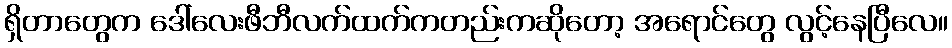
ရှိတာတွေက ဒေါ်လေးဖီဘီလက်ထက်ကတည်းကဆိုတော့ အရောင်တွေ လွင့်နေပြီလေ။